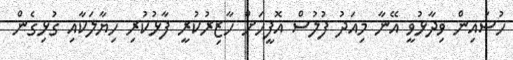
ހުސައިން ވިދާޅުވީ އޭނާ މިއަދު ފުލުސް އޮފީހަށް ހާޒިރުކުރީ ފާޅުކުރި ހިޔާލަކާއި ގުޅިގެން